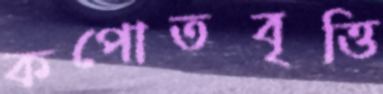
কপোতবৃত্তি